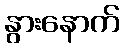
နွားနောက်